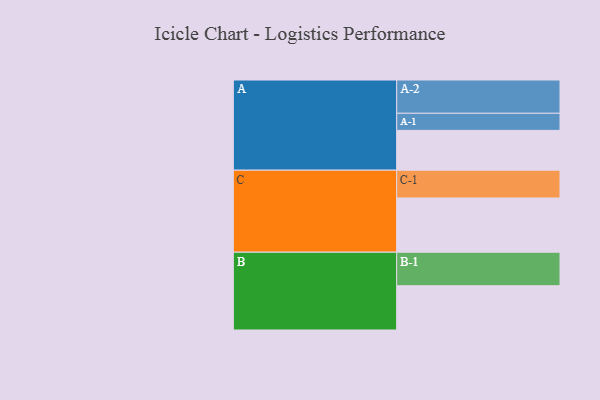
{"axis": {"x": "Segment", "y": "Value"}, "legend": ["", "A", "B", "C"], "data": [{"x": "A", "y": 340, "type": ""}, {"x": "B", "y": 378, "type": ""}, {"x": "C", "y": 463, "type": ""}, {"x": "A-1", "y": 146, "type": "A"}, {"x": "A-2", "y": 284, "type": "A"}, {"x": "B-1", "y": 286, "type": "B"}, {"x": "C-1", "y": 237, "type": "C"}]}